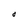
Character: O